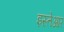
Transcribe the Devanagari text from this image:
इस्तेआर